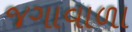
જગાવાળા